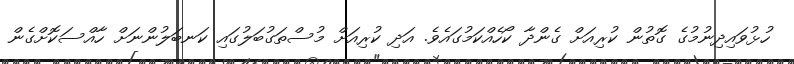
ހުޅުވައިދިނުމުގެ ގޮތުން ކުރިއަށް ގެންދާ ކޯހެއްކަމުގައެވެ. އަދި ކުރިއަށް މުސްތަގުބަލުގައި ކަނބަލުންނަށް ހާއްސަކޮށްގެން